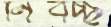
নিবচ্ছ